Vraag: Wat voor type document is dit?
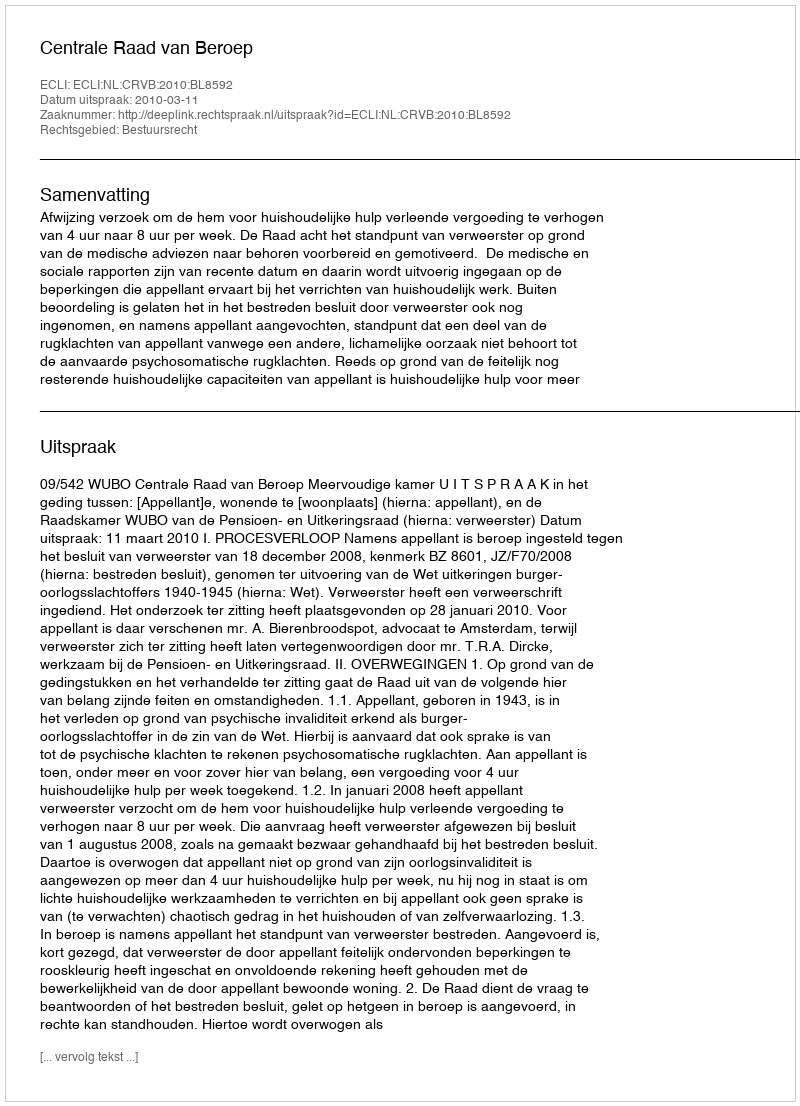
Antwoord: Uitspraak